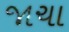
જાચા